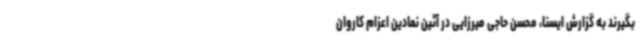
بگیرند به گزارش ایسنا، محسن حاجی میرزایی در آئین نمادین اعزام کاروان